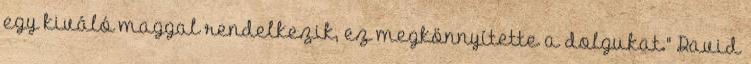
egy kiváló maggal rendelkezik, ez megkönnyítette a dolgukat." David